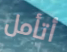
أتأمل